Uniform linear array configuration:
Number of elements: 32
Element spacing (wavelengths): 0.5
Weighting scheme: cosine
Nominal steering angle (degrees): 30
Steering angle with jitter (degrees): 29.568
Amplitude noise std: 0.05
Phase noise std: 0.05

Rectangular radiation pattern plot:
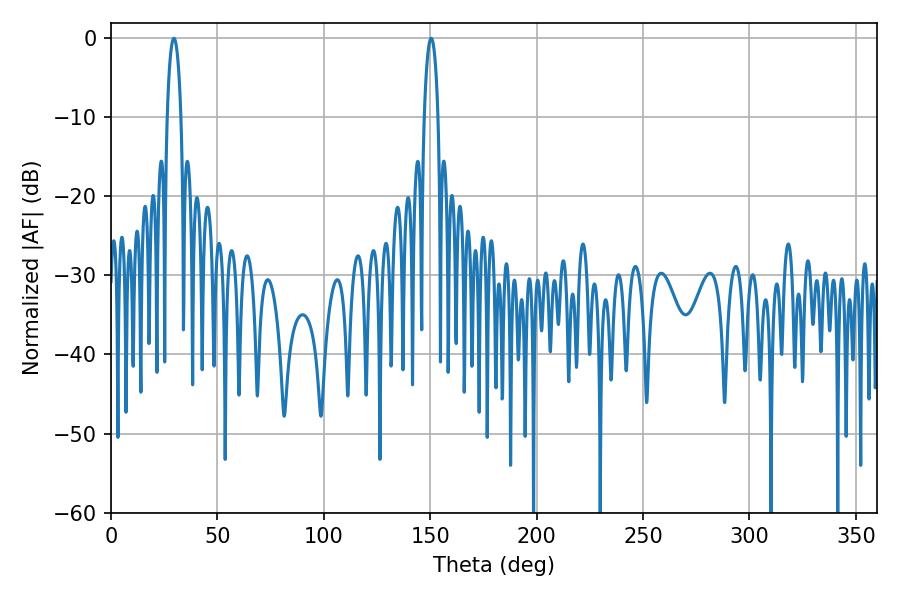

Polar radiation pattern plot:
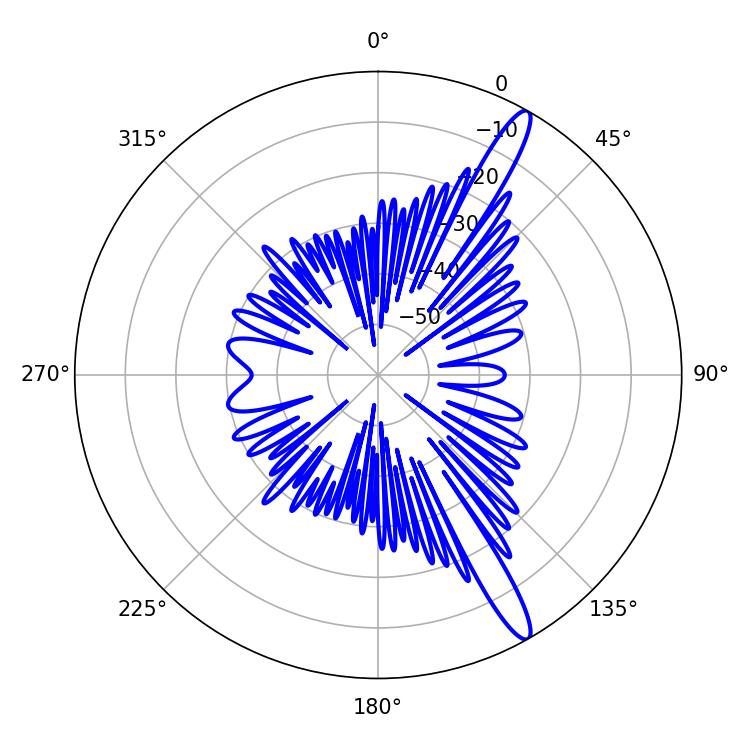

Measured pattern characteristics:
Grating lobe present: FALSE
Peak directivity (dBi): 14.531
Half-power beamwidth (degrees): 3.6
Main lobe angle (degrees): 29.52